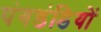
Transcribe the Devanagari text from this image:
पंगडंडियों